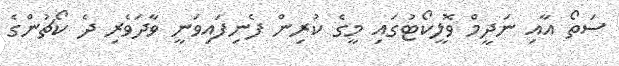
ސަތޯ އާއި ނަދީމް ވޮލީކޯޓުގައި މީގެ ކުރިން ފެނިފައިވަނީ ވާދަވެރި ދެ ކޯޗުންގެ